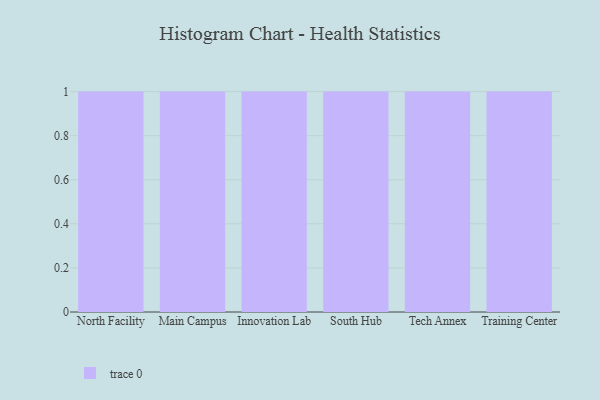
{"axis": {"x": "Campus", "y": "Conversion Rate (%)"}, "legend": [""], "data": [{"x": "North Facility", "y": 67, "type": ""}, {"x": "Main Campus", "y": 1, "type": ""}, {"x": "Innovation Lab", "y": 8, "type": ""}, {"x": "South Hub", "y": 56, "type": ""}, {"x": "Tech Annex", "y": 68, "type": ""}, {"x": "Training Center", "y": 55, "type": ""}]}